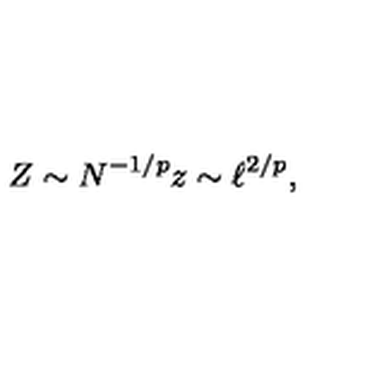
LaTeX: Z \sim N ^ { - 1 / p } z \sim \ell ^ { 2 / p } ,